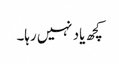
کچھ یاد نہیں رہا۔